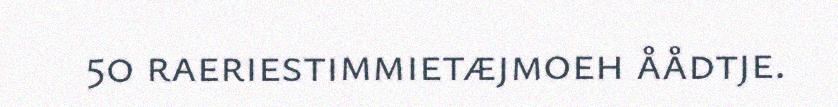
50 raeriestimmietæjmoeh åådtje.